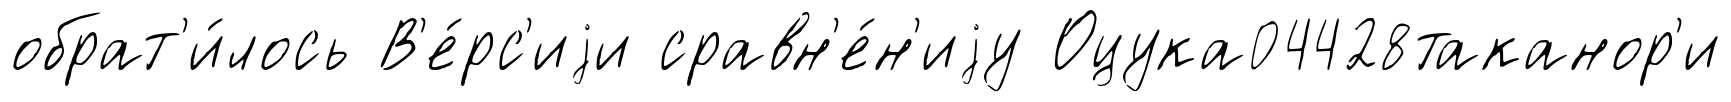
обрат'и́лось В'е́рс'иjи сравн'е́н'иjу Оцука04428таканор'и